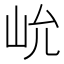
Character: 𰎍